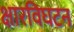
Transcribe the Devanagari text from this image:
क्षारविघटन